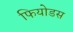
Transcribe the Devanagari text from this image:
फियोडस